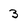
Character: 3